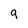
Character: 9